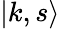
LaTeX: |k,s\rangle